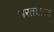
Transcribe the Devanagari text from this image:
भरतशास्त्र